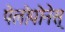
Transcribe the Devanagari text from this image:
पेलोपोनेस्